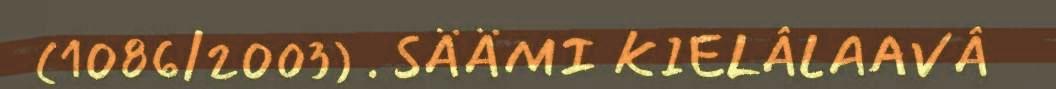
(1086/2003) . SÄÄMI KIELÂLAAVÂ